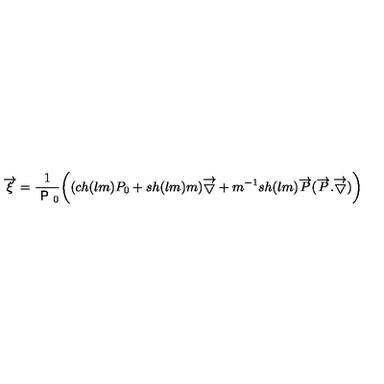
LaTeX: \overrightarrow { \xi } = \frac { 1 } { \textsf { P } _ { 0 } } \biggl ( ( c h ( l m ) P _ { 0 } + s h ( l m ) m ) \overrightarrow { \bigtriangledown } + m ^ { - 1 } s h ( l m ) \overrightarrow { P } ( \overrightarrow { P } . \overrightarrow { \bigtriangledown } ) \biggr )